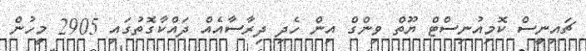
ޗައިނީސް ކޮމިއުނިސްޓް ޔޫތް ވިންގް އިން ހެދި ދިރާސާއެއް ދައްކާގޮތުގައި 2905 މީހުން